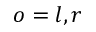
o = l , r